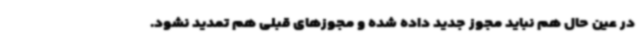
در عین حال هم نباید مجوز جدید داده شده و مجوزهای قبلی هم تمدید نشود.